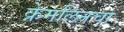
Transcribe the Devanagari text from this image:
क्रेमलिनचा